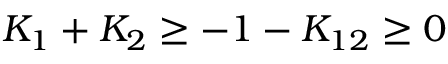
K _ { 1 } + K _ { 2 } \ge - 1 - K _ { 1 2 } \ge 0